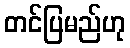
တင်ပြမည်ဟု